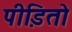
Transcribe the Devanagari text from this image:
पीडि़तो